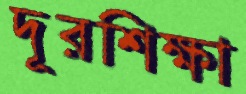
দূরশিক্ষা